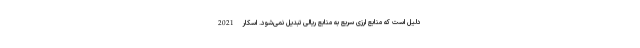
دلیل است که منابع ارزی سریع به منابع ریالی تبدیل نمی‌شود. اسکار 2021